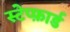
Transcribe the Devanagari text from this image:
स्टेप्फ़ार्ड